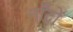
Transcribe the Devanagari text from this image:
नाँदों